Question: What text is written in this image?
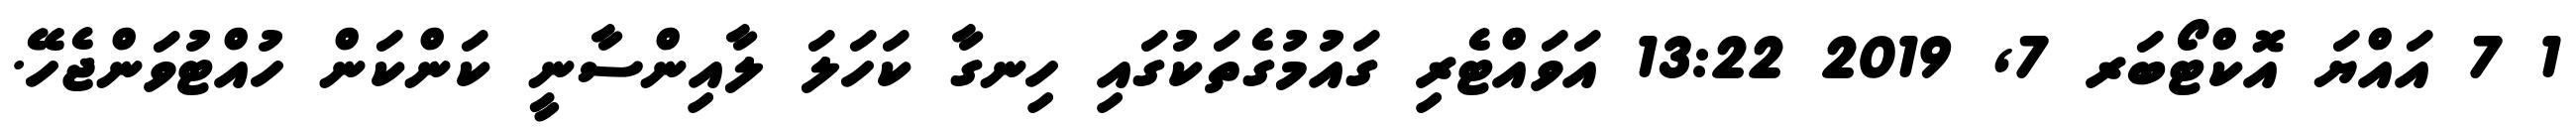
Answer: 1 7 އައްޔަ އޮކްޓޯބަރ 7, 2019 13:22 އަވައްޓެރި ގައުމުގެތަކުގައި ހިނގާ ކަހަލަ ލާއިންސާނީ ކަންކަން ހުއްޓުވަންޖެހޭ.